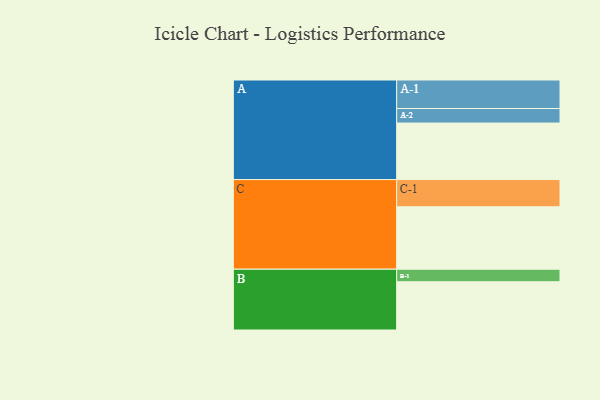
{"axis": {"x": "Segment", "y": "Value"}, "legend": ["", "A", "B", "C"], "data": [{"x": "A", "y": 478, "type": ""}, {"x": "B", "y": 408, "type": ""}, {"x": "C", "y": 528, "type": ""}, {"x": "A-1", "y": 241, "type": "A"}, {"x": "A-2", "y": 123, "type": "A"}, {"x": "B-1", "y": 106, "type": "B"}, {"x": "C-1", "y": 230, "type": "C"}]}